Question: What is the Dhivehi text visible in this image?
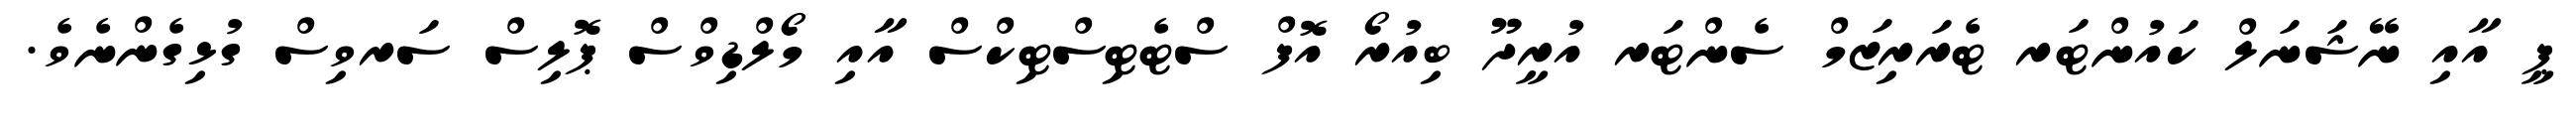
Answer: ޕީ އާއި ނޭޝަނަލް ކައުންޓަރ ޓެރަރިޒަމް ސެންޓަރ އުރީދޫ ބިއުރޯ އޮފް ސްޓެޓިސްޓިކްސް އާއި މޯލްޑިވްސް ޕޮލިސް ސަރވިސް ގުޅިގެންނެވެ.